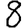
Digit: 8